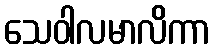
သေဝါလမာလိကာ